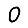
Digit: 0